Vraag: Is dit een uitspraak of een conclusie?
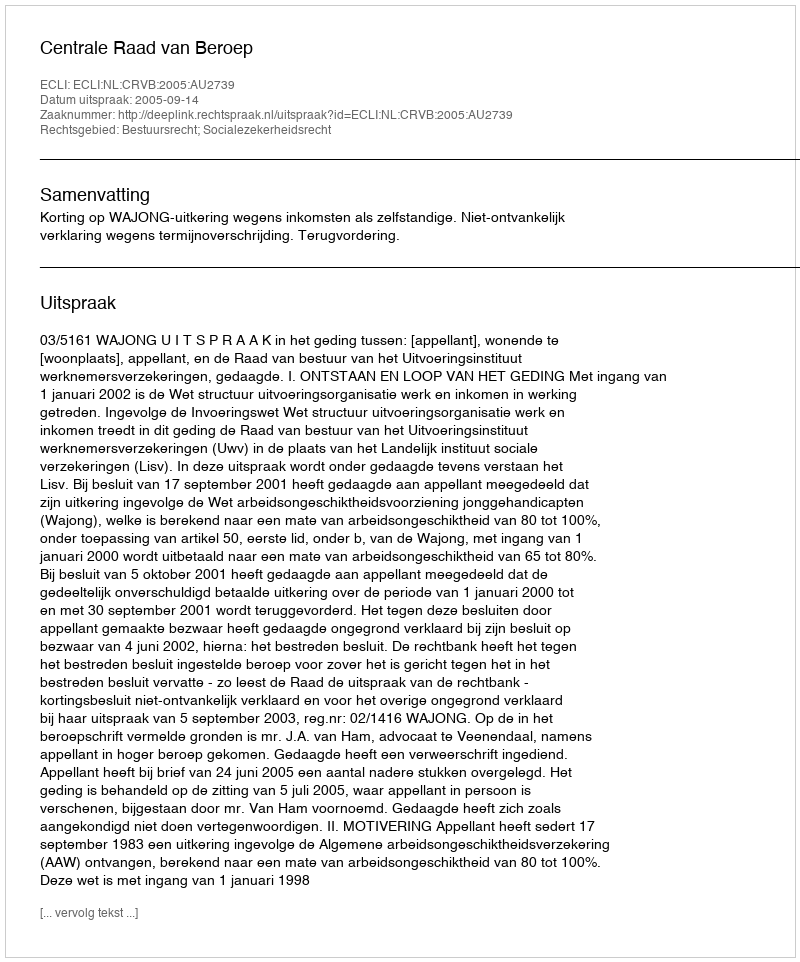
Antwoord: Uitspraak